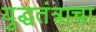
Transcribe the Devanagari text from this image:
युद्धतंत्राचा